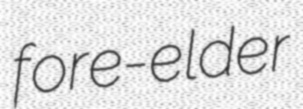
fore-elder